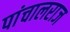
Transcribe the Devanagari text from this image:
पांचालराज